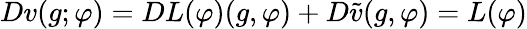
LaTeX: Dv(g;\varphi)=DL(\varphi)(g,\varphi)+D\tilde{v}(g,\varphi)=L(\varphi)